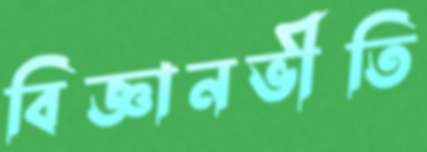
বিজ্ঞানভীতি